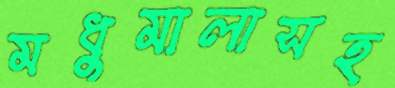
মধুমালাসহ